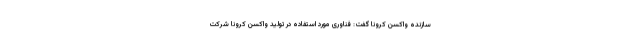
سازنده واکسن کرونا گفت: فناوری مورد استفاده در تولید واکسن کرونا شرکت